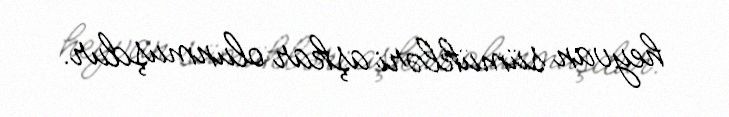
heyvan sümükləri aşkar olunmuşdur.